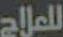
للعلاج